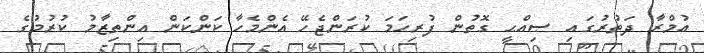
އުމްރާ ދަތުރުގައި ޞިއްޙީ ގޮތުން ފުރިހަމަ ކުރަންޖެހޭ އެންމެހާ ކަންކަން އިންތިޒާމު ކުރުމުގެ